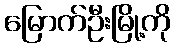
မြောက်ဦးမြို့ကို